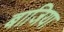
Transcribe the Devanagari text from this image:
बाजिया